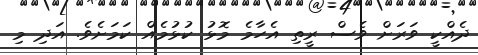
ދެއްކީ ވަރަށް ވެސް ރީތި އެހާމެ މޮޅު ކުޅުމެއް ކަމަށެވެ. އަދި މި